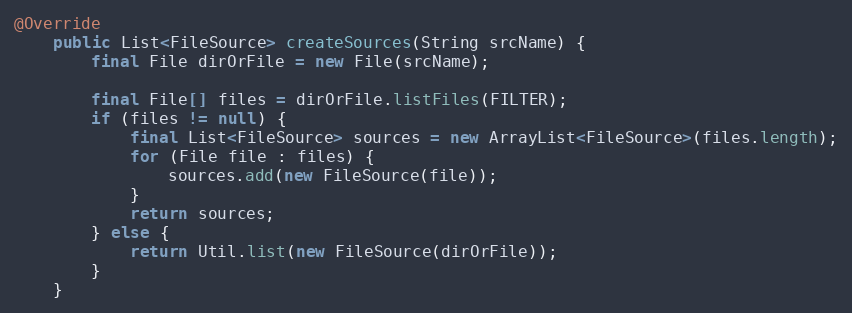
Language: Java
@Override
    public List<FileSource> createSources(String srcName) {
        final File dirOrFile = new File(srcName);

        final File[] files = dirOrFile.listFiles(FILTER);
        if (files != null) {
            final List<FileSource> sources = new ArrayList<FileSource>(files.length);
            for (File file : files) {
                sources.add(new FileSource(file));
            }
            return sources;
        } else {
            return Util.list(new FileSource(dirOrFile));
        }
    }